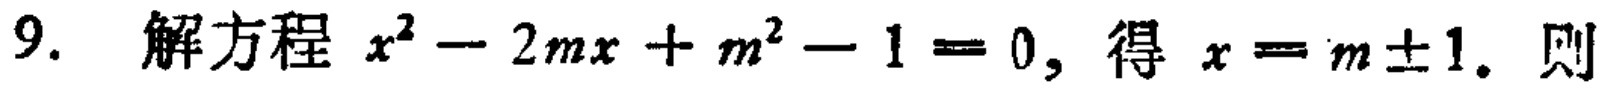
9. 解方程 \(x^{2}-2mx + m^{2}-1 = 0\), 得 \(x = m\pm1\). 则